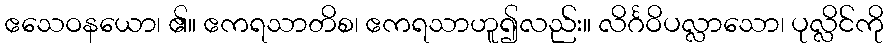
ဧသေဝနယော၊ ၏။ ဧကရသာတိစ၊ ဧကရသာဟူ၍လည်း။ လိင်္ဂဝိပလ္လာသော၊ ပုလ္လိင်ကို